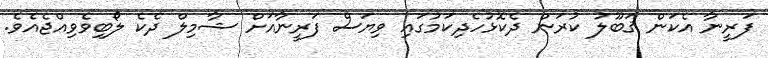
ފަރީނާ އެކަން ޤަބޫލު ކުރަން ދެކޮޅުހެދިކަމުގައި ވިޔަސް ފަރީނާއަށް ޝާމިލް ދެކެ ލޯބިވެވިއްޖެއެވެ.